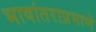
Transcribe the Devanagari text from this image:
भाषांतराप्रमाणे